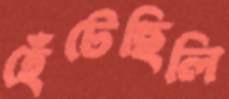
হেঁটেছিলি